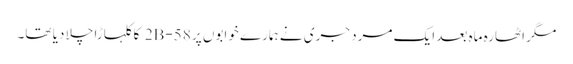
مگر اٹھارہ ماہ بعد ایک مردِ جری نے ہمارے خوابوں پر 58-2B کا کلہاڑا چلا دیا تھا۔